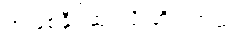
အဖြစ်နိုင်ဆုံးလို့ ဆိုပါတယ်။